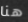
هنا